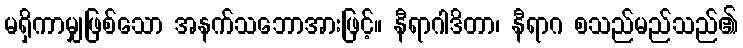
မရှိကာမျှဖြစ်သော အနက်သဘောအားဖြင့်။ နီရာဂါဒိတာ၊ နီရာဂ စသည်မည်သည်၏